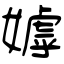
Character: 嫭